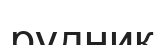
рудник